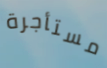
مستأجرة